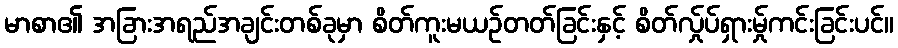
မာစာ၏ အခြားအရည်အချင်းတစ်ခုမှာ စိတ်ကူးမယဉ်တတ်ခြင်းနှင့် စိတ်လ်ှုပ်ရှားမ်ှုကင်းခြင်းပင်။